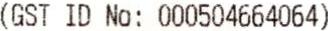
(GST ID NO: 000504664064)